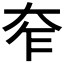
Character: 𡗸